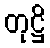
တုဋ္ဌိ